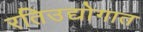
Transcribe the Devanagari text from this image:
रतिउद्योगात